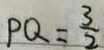
P Q = \frac { 3 } { 2 }